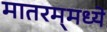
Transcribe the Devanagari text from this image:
मातरम्‌मध्ये